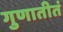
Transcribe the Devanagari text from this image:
गुणातीतं